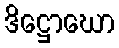
ဒိဋ္ဌောဃော